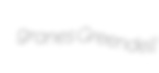
granes Greendell